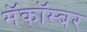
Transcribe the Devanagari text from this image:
मॅकॉम्बर